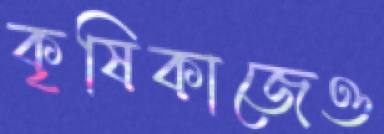
কৃষিকাজেও